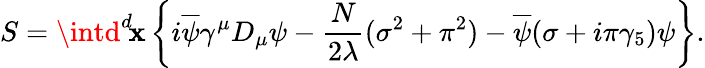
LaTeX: S=\intd^{d}\! \mathbf{x}\left\{ i\overline{{{{\psi}}}}\gamma^{\mu}D_{\mu}\psi-{\frac{{N}}{{2\lambda}}}(\sigma^{2}+\pi^{2})-\overline{{{{\psi}}}}(\sigma+i\pi\gamma_{5})\psi\right\} .